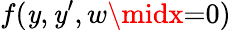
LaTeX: f(\mathit{y},\mathit{y}^{\prime},w\midx{=}0)